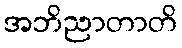
အဘိညာတာတိ